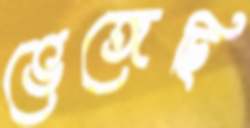
ভেঙ্গেছি